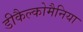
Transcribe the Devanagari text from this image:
डीकैल्कोमैनिया